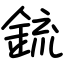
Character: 鋶